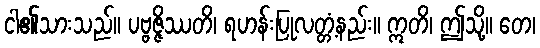
ငါ၏သားသည်။ ပဗ္ဗဇ္ဇိဿတိ၊ ရဟန်းပြုလတ္တံ့နည်း။ ဣတိ၊ ဤသို့။ တေ၊